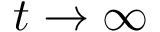
t \rightarrow \infty